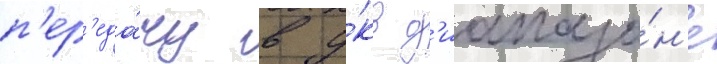
п'ер'еда́чу в у́кв д'иапазо́н'е